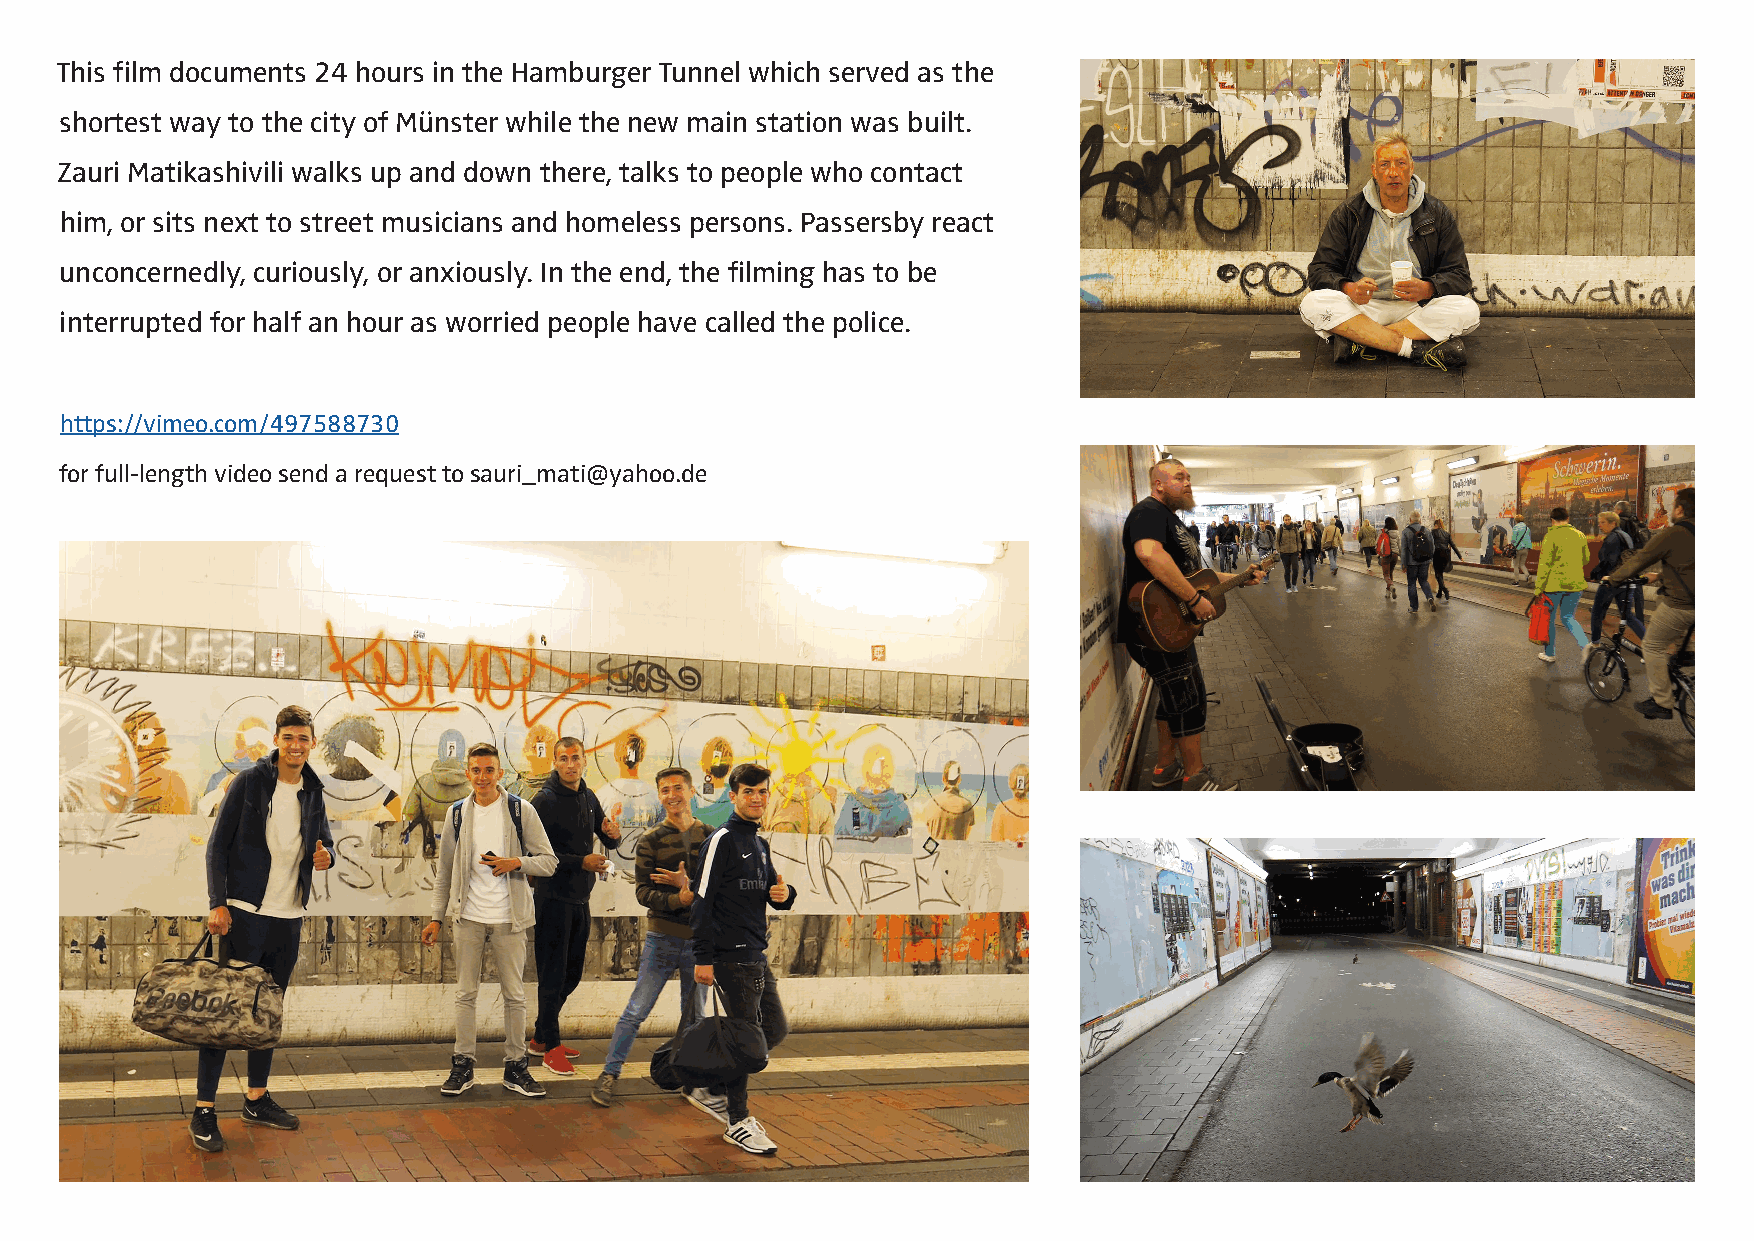
This film documents 24 hours in the Hamburger Tunnel which served as the
 shortest way to the city of Münster while the new main station was built.
 Zauri Matikashivili walks up and down there, talks to people who contact
 him, or sits next to street musicians and homeless persons. Passersby react
 unconcernedly, curiously, or anxiously. In the end, the filming has to be
 interrupted for half an hour as worried people have called the police.
 https://vimeo.com/497588730
 for full-length video send a request to sauri_mati@yahoo.de